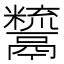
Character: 𩱙